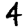
Digit: 4